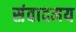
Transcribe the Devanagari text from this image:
संवादमय